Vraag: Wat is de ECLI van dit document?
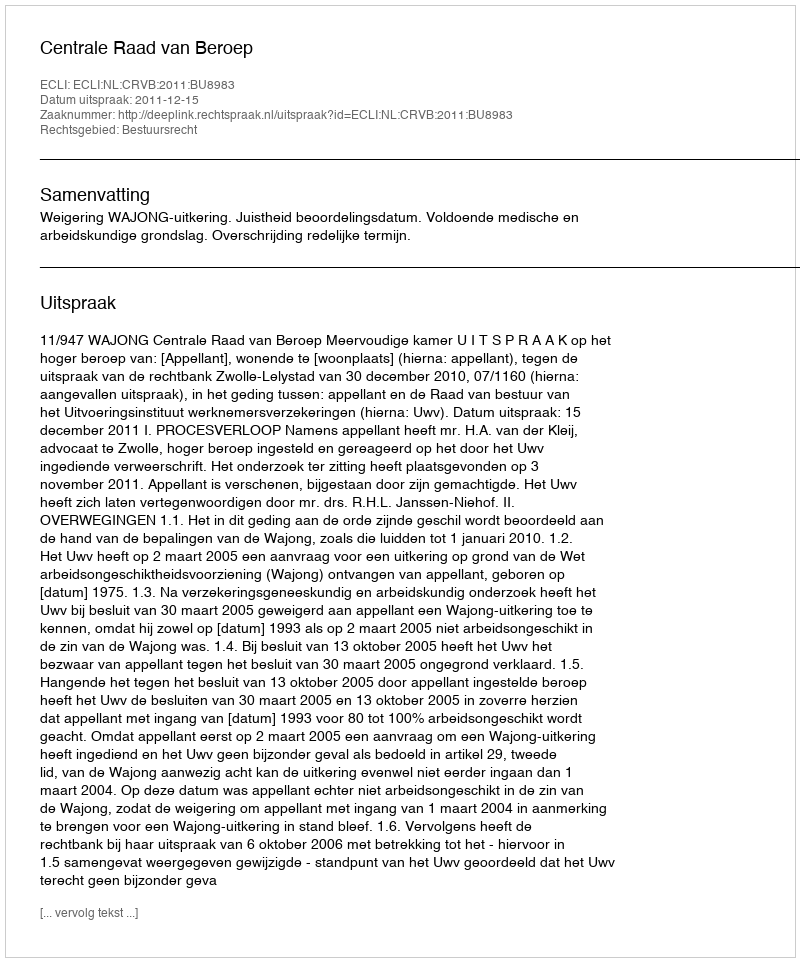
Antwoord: ECLI:NL:CRVB:2011:BU8983